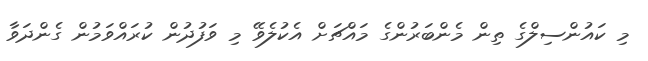
މި ކައުންސިލްގެ ތިން މެންބަރުންގެ މައްޗަށް އެކުލެވޭ މި ވަފުދުން ކުރައްވަމުން ގެންދަވާ